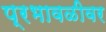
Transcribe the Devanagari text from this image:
प्रभावळीवर